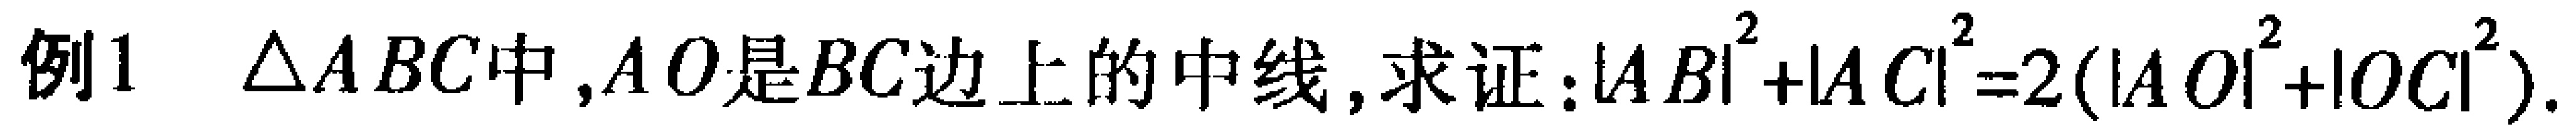
例1 $\triangle ABC$中,$AO$是$BC$边上的中线, 求证:$|AB|^{2}+|AC|^{2}=2(|AO|^{2}+|OC|^{2})$.